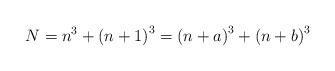
LaTeX: \begin{align*}N=n^{3}+\left(n+1\right)^{3}=\left(n+a\right)^{3}+\left(n+b\right)^{3}\end{align*}